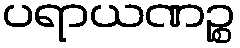
ပရာယဏဉ္စ